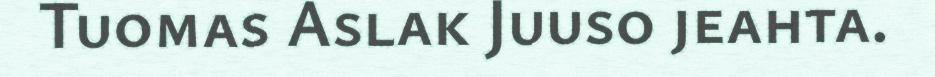
Tuomas Aslak Juuso jeahta.